Vaccination in Burma 1889-1999 - 1889-1999
Year: 1889
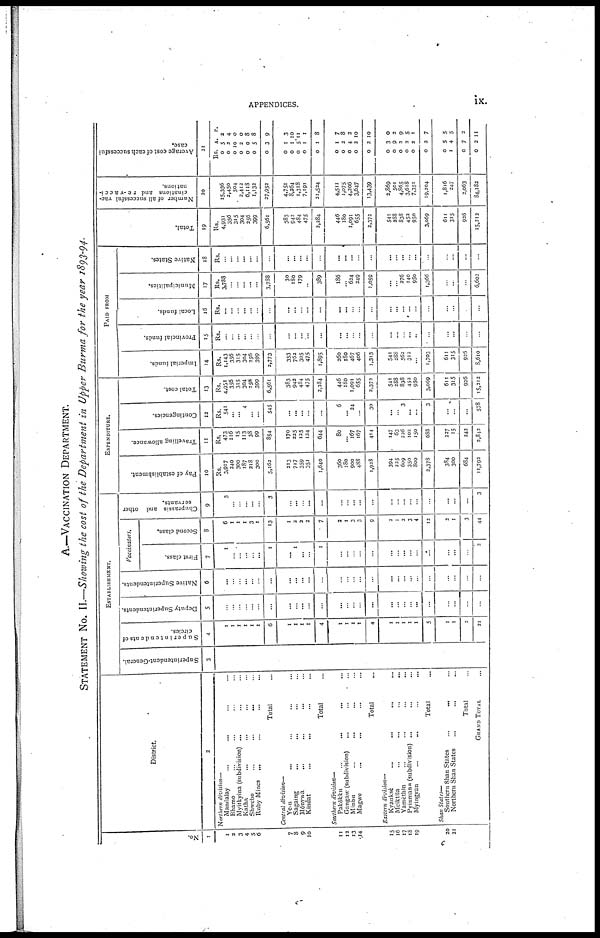
APPENDICES.
ix.
A.—VACCINATION DEPARTMENT.
STATEMENT NO. II.—Showing the cost of the Department in Upper Burma for the year 1893-94.
No.
1
1
2
3
4
5
6
7
8
9
10
11
12
13
14
15
16
17
18
19
20
21
District.
2
Northern division—
Mandalay ... ... ... ...
Bhamo ... ... ... ...
Myitkyina (subdivision) ... ... ...
Katha ... ... ... ...
Shwebo
...
...
... ...
Ruby Mines ... ... ... ...
Total ...
Central division—
Ye-u ... ... ... ...
Sagaing ... ... ... ...
Mônywa
... ... ... ...
Kindat ... ... ... ...
Total ...
Southern division—
Pakôkku ... ... ... ...
Gangaw (subdivision)
... ... ...
Minbu
...
... ... ...
Magwe ... ... ... ...
Total ...
Eastern division—
Kyanksè ... ... ... ...
Meiktila ... ... ... ...
Yamèthin ... ... ... ...
Pyinmana (subdivision) ...
Myingyan
...
... ... ...
Total ...
Shan States—
Southern Shan States
...
... ...
Northern Shan States ... ... ...
Total ...
GRAND TOTAL ...
ESTABLISHMENT.
Superintendent-General.
3
Superintendents of
circles.
4
1
1
1
1
1
1
6
1
1
1
1
4
1
1
1
1
4
1
1
1
1
1
5
1
1
2
21
Deputy Superintendents.
5
...
...
...
...
...
...
...
...
...
...
...
...
...
...
...
...
...
...
...
...
...
...
...
...
...
...
...
Native Superintendents.
6
...
...
...
...
...
...
...
...
...
...
...
...
...
...
...
...
...
...
...
...
...
...
...
...
...
...
...
Vaccinators.
First class.
7
1
...
...
...
...
...
1
... 1
...
...
1
...
...
...
...
...
...
...
...
...
...
...
...
...
...
2
Second class.
8
6
1
1
1
3
1
13
1
2
2
2
7
2
1
3
3
9
2
1
2
3
4
12
2
1
3
44
Chuprassis and other
servants.
9
3
...
...
...
...
...
3
...
...
...
...
...
...
...
...
...
...
...
...
...
...
...
...
...
3
EXPENDITURE.
Pay of establishment.
10
Rs.
3,917
240
300
187
218
300
5,162
213
717
359
351
1,640
360
180
900
488
1,928
394
225
609
350
800
2,378
384
300
684
11,792
Travelling allowance.
11
Rs.
473
116
15
113
38
99
854
170
225
125
124
644
80
...
167
167
414
147
63
226
102
150
688
227
15
242
2,842
Contingencies.
12
Rs.
541
...
...
4
...
...
545
...
...
...
...
...
6
...
24
...
30
...
3
...
...
3
...
...
...
578
Total cost.
13
Rs.
4,931
356
315
304
256
399
6,561
383
942
484
475
2,284
446
180
1,091
655
2,373
541
288
838
452
950
3,069
611
315
926
15,212
PAID FROM
Imperial funds.
14
Rs.
1,143
356
315
304
256
399
2,773
353
762
305
475
1,895
260
180
467
406
1,313
541
288
562
312
...
1,703
611
315
926
8,610
Provincial funds.
15
Rs.
...
...
...
...
...
...
...
...
...
...
...
...
...
...
...
...
...
...
...
...
... ...
...
...
...
...
...
Local funds.
16
Rs.
...
...
...
...
...
...
...
...
...
...
...
...
...
...
...
...
...
...
...
...
...
...
...
...
...
...
...
Municipalities.
17
Rs.
3,788
...
...
...
...
...
3,788
30
180
179
...
389
186
...
624
249
1,059
...
... 276
140
950
1,366
...
...
...
6,602
Native States.
18
Rs.
...
...
...
...
...
...
...
...
...
...
...
...
...
...
...
...
...
...
...
...
...
...
...
...
...
...
...
Total.
19
Rs.
4,931
356
315
304
256
399
6,561
383
942
484
475
2,284
446
180
1,091
655
2,372
541
288
838
452
950
3,069
611
315
926
15,212
Number of all successful vac-
cinations and re-vacci-
nations.
20
15,336
2,450
504
2,412
6,118
1,132
27,952
4,751
8,264
1,318
7,191
21,524
4,511
1,075
4,206
3,647
13,439
2,869
501
4,865
3,618
7,351
19,204
1,816
247
2,063
84,182
Average cost of each successful
case.
21
Rs.
0
0
0
0
0
0
0
0
0
0
0
0
0
0
0
0
0
0
0
0
0
0
0
0
1
0
0
A.
5
2
10
2
0
5
3
1
1
5
1
1
1
2
4
2
2
3
9
2
2
2
2
5
4
7
2
P.
2
4
0
0
8
8
9
3
10
11
1
8
7
8
2
10
10
0
2
9
5
1
7
5
5
2
11
c